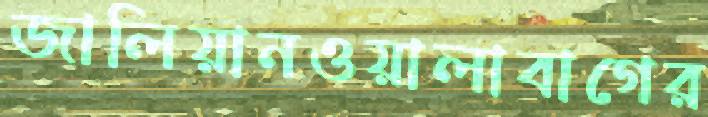
জালিয়ানওয়ালাবাগের